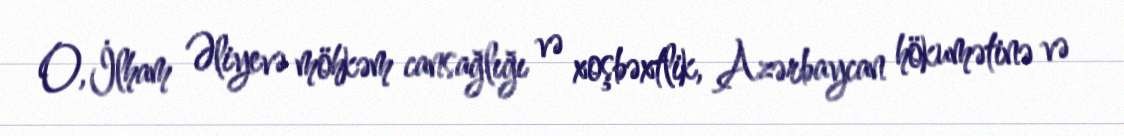
O, İlham Əliyevə möhkəm cansağlığı və xoşbəxtlik, Azərbaycan hökumətinə və